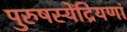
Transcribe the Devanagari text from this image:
पुरुषस्येंद्रियणां